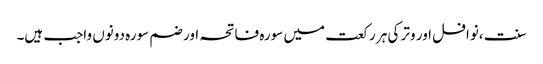
سنت ،نوافل اور وتر کی ہر رکعت میں سورہ فاتحہ اور ضم سورہ دونوں واجب ہیں۔